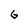
Character: 6